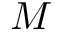
M